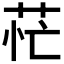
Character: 𦮝